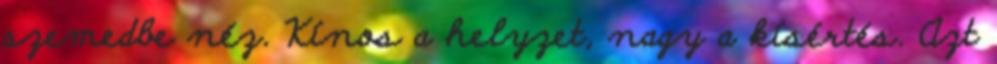
szemedbe néz. Kínos a helyzet, nagy a kísértés. Azt